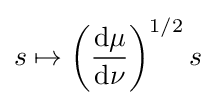
s\mapsto \left({\frac {\mathrm {d} \mu }{\mathrm {d} \nu }}\right)^{1/2}s